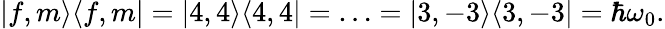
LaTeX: |f,m\rangle\langle f,m|=|4,4\rangle\langle 4,4|=\ldots=|3,-3\rangle\langle 3,-3|=\hbar\omega_{0}.